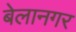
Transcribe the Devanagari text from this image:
बेलानगर